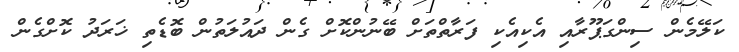
ކަލޭމެން ސިންގަޕޫރާއި އެކިއެކި ފަރާތްތަށް ބޭނުންކޮށް ގެން ދައުލަތުން ބޮޑެތި ޚަރަދު ކޮށްގެން